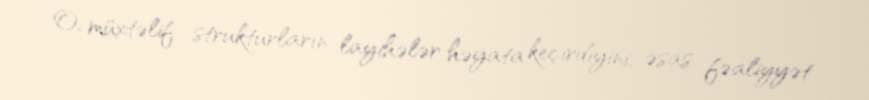
O, müxtəlif strukturların layihələr həyata keçirdiyini, əsas fəaliyyət